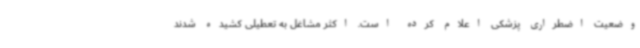
وضعیت اضطراری پزشکی اعلام کرده است. اکثر مشاغل به تعطیلی کشیده شدند